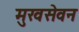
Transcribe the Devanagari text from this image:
मुखसेवन